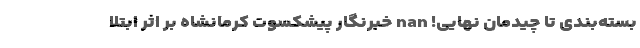
بسته‌بندی تا چیدمان نهایی! nan خبرنگار پیشکسوت کرمانشاه بر اثر ابتلا